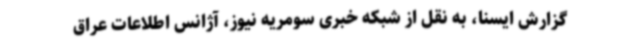
گزارش ایسنا، به نقل از شبکه خبری سومریه‌ نیوز، آژانس اطلاعات عراق